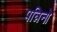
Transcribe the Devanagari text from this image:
पन्निनो